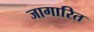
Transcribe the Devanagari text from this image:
जागारित